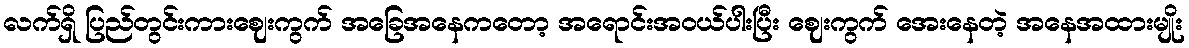
လက်ရှိ ပြည်တွင်းကားဈေးကွက် အခြေအနေကတော့ အရောင်းအဝယ်ပါးပြီး ဈေးကွက် အေးနေတဲ့ အနေအထားမျိုး